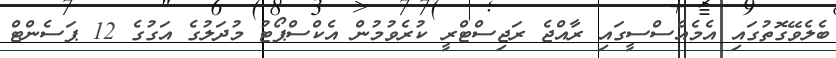
ބެލެވޭގޮތުގައި އެމެއެސްސީގައި ރާއްޖެ ރަޖިސްޓްރީ ކުރެވުމުން އެކްސްޕޯޓު މުދަލުގެ އަގުގެ 12 ޕަސެންޓް